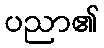
ပညာ၏